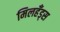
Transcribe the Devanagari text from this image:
मिलहँड्‌स